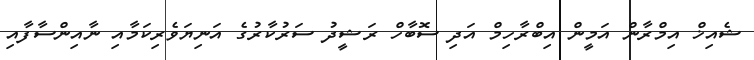
ޝެއިޚް އިމްރާން އަމީން އިބްރާހިމް އަދި ސޮބާހް ރަޝީދު ސަރުކާރުގެ އަނިޔަވެރިކަމާއި ނާއިންސާފާއި